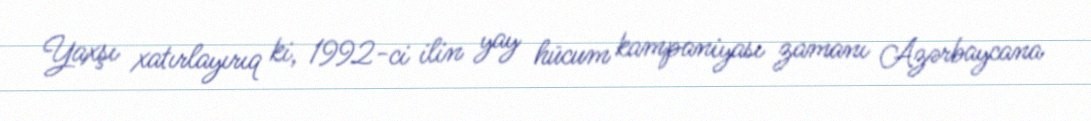
Yaxşı xatırlayırıq ki, 1992-ci ilin yay hücum kampaniyası zamanı Azərbaycana